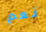
نعم